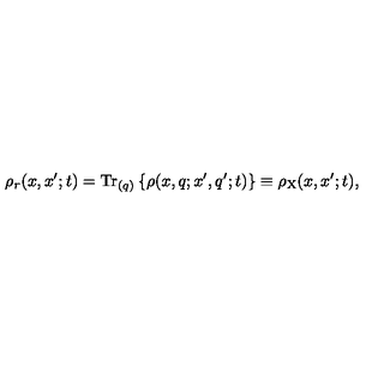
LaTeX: \rho _ { r } ( x , x ^ { \prime } ; t ) = \mathrm { T r } _ { ( q ) } \left\{ \rho ( x , q ; x ^ { \prime } , q ^ { \prime } ; t ) \right\} \equiv \rho _ { \mathrm { X } } ( x , x ^ { \prime } ; t ) ,